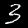
Label: 3